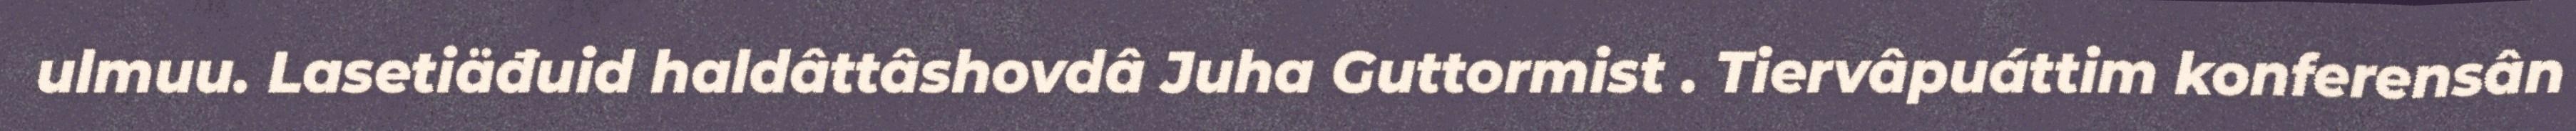
ulmuu. Lasetiäđuid haldâttâshovdâ Juha Guttormist . Tiervâpuáttim konferensân